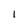
Character: I